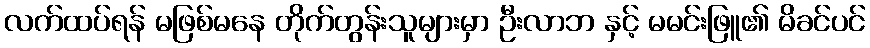
လက်ထပ်ရန် မဖြစ်မနေ တိုက်တွန်းသူများမှာ ဦးလာဘ နှင့် မမင်းဖြူ၏ မိခင်ပင်